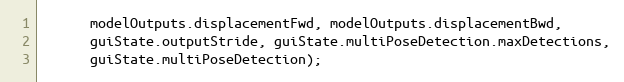
Language: JavaScript
      modelOutputs.displacementFwd, modelOutputs.displacementBwd,
      guiState.outputStride, guiState.multiPoseDetection.maxDetections,
      guiState.multiPoseDetection);